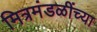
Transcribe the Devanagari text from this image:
मित्रमंडळींच्या